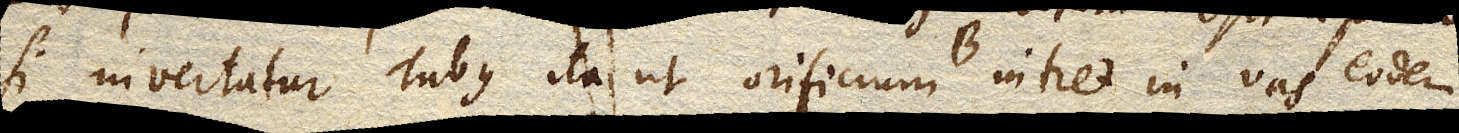
si invertatur Tubus ita ut orificium B. intret in vas eodem